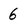
Character: 6